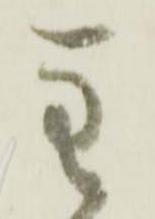
主